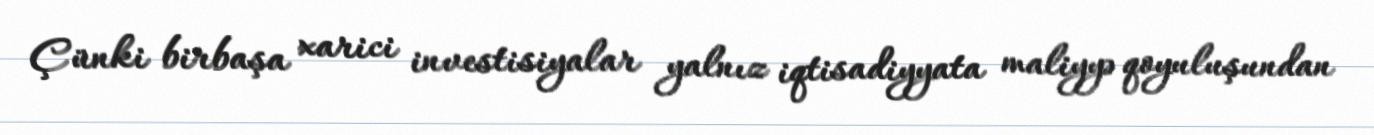
Çünki birbaşa xarici investisiyalar yalnız iqtisadiyyata maliyyə qoyuluşundan